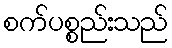
စက်ပစ္စည်းသည်